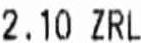
2.10 ZRL